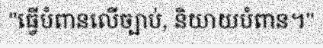
"ធ្វើបំពានលើច្បាប់, និយាយបំពាន។"